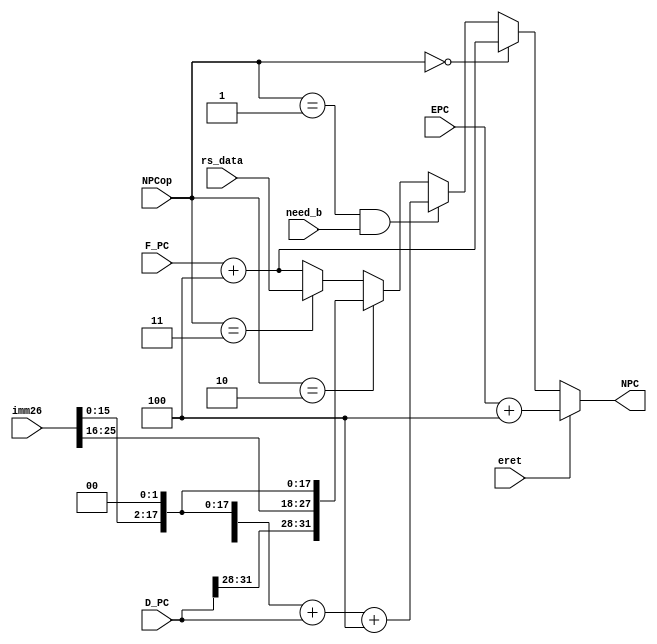
module D_NPC (
    input [31:0] F_PC,     // FPC
    input [31:0] D_PC,     // DPC
    input [31:0] EPC,      // CP0: EPC
    input [25:0] imm26,    // 26
    input [31:0] rs_data,  // rs
    input need_b,          // 
    input eret,            // eret
    input [2:0] NPCop,     // 
    output [31:0] NPC      // PC
);
    assign NPC = (eret) ? EPC + 4 :
                 (NPCop == 0) ? F_PC + 4 :
                 (NPCop == 1 && need_b) ? {{16{imm26[15]}}, imm26[15:0], 2'b00} + D_PC + 4 :
                 (NPCop == 2) ? {D_PC[31:28], imm26, 2'b00} : 
                 (NPCop == 3) ? rs_data : F_PC + 4; 
    
endmodule